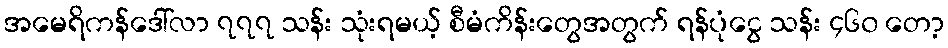
အမေရိကန်ဒေါ်လာ ၇၇၇ သန်း သုံးရမယ့် စီမံကိန်းတွေအတွက် ရန်ပုံငွေ သန်း ၄၆၀ တော့